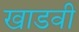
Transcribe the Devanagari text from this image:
खाडवी